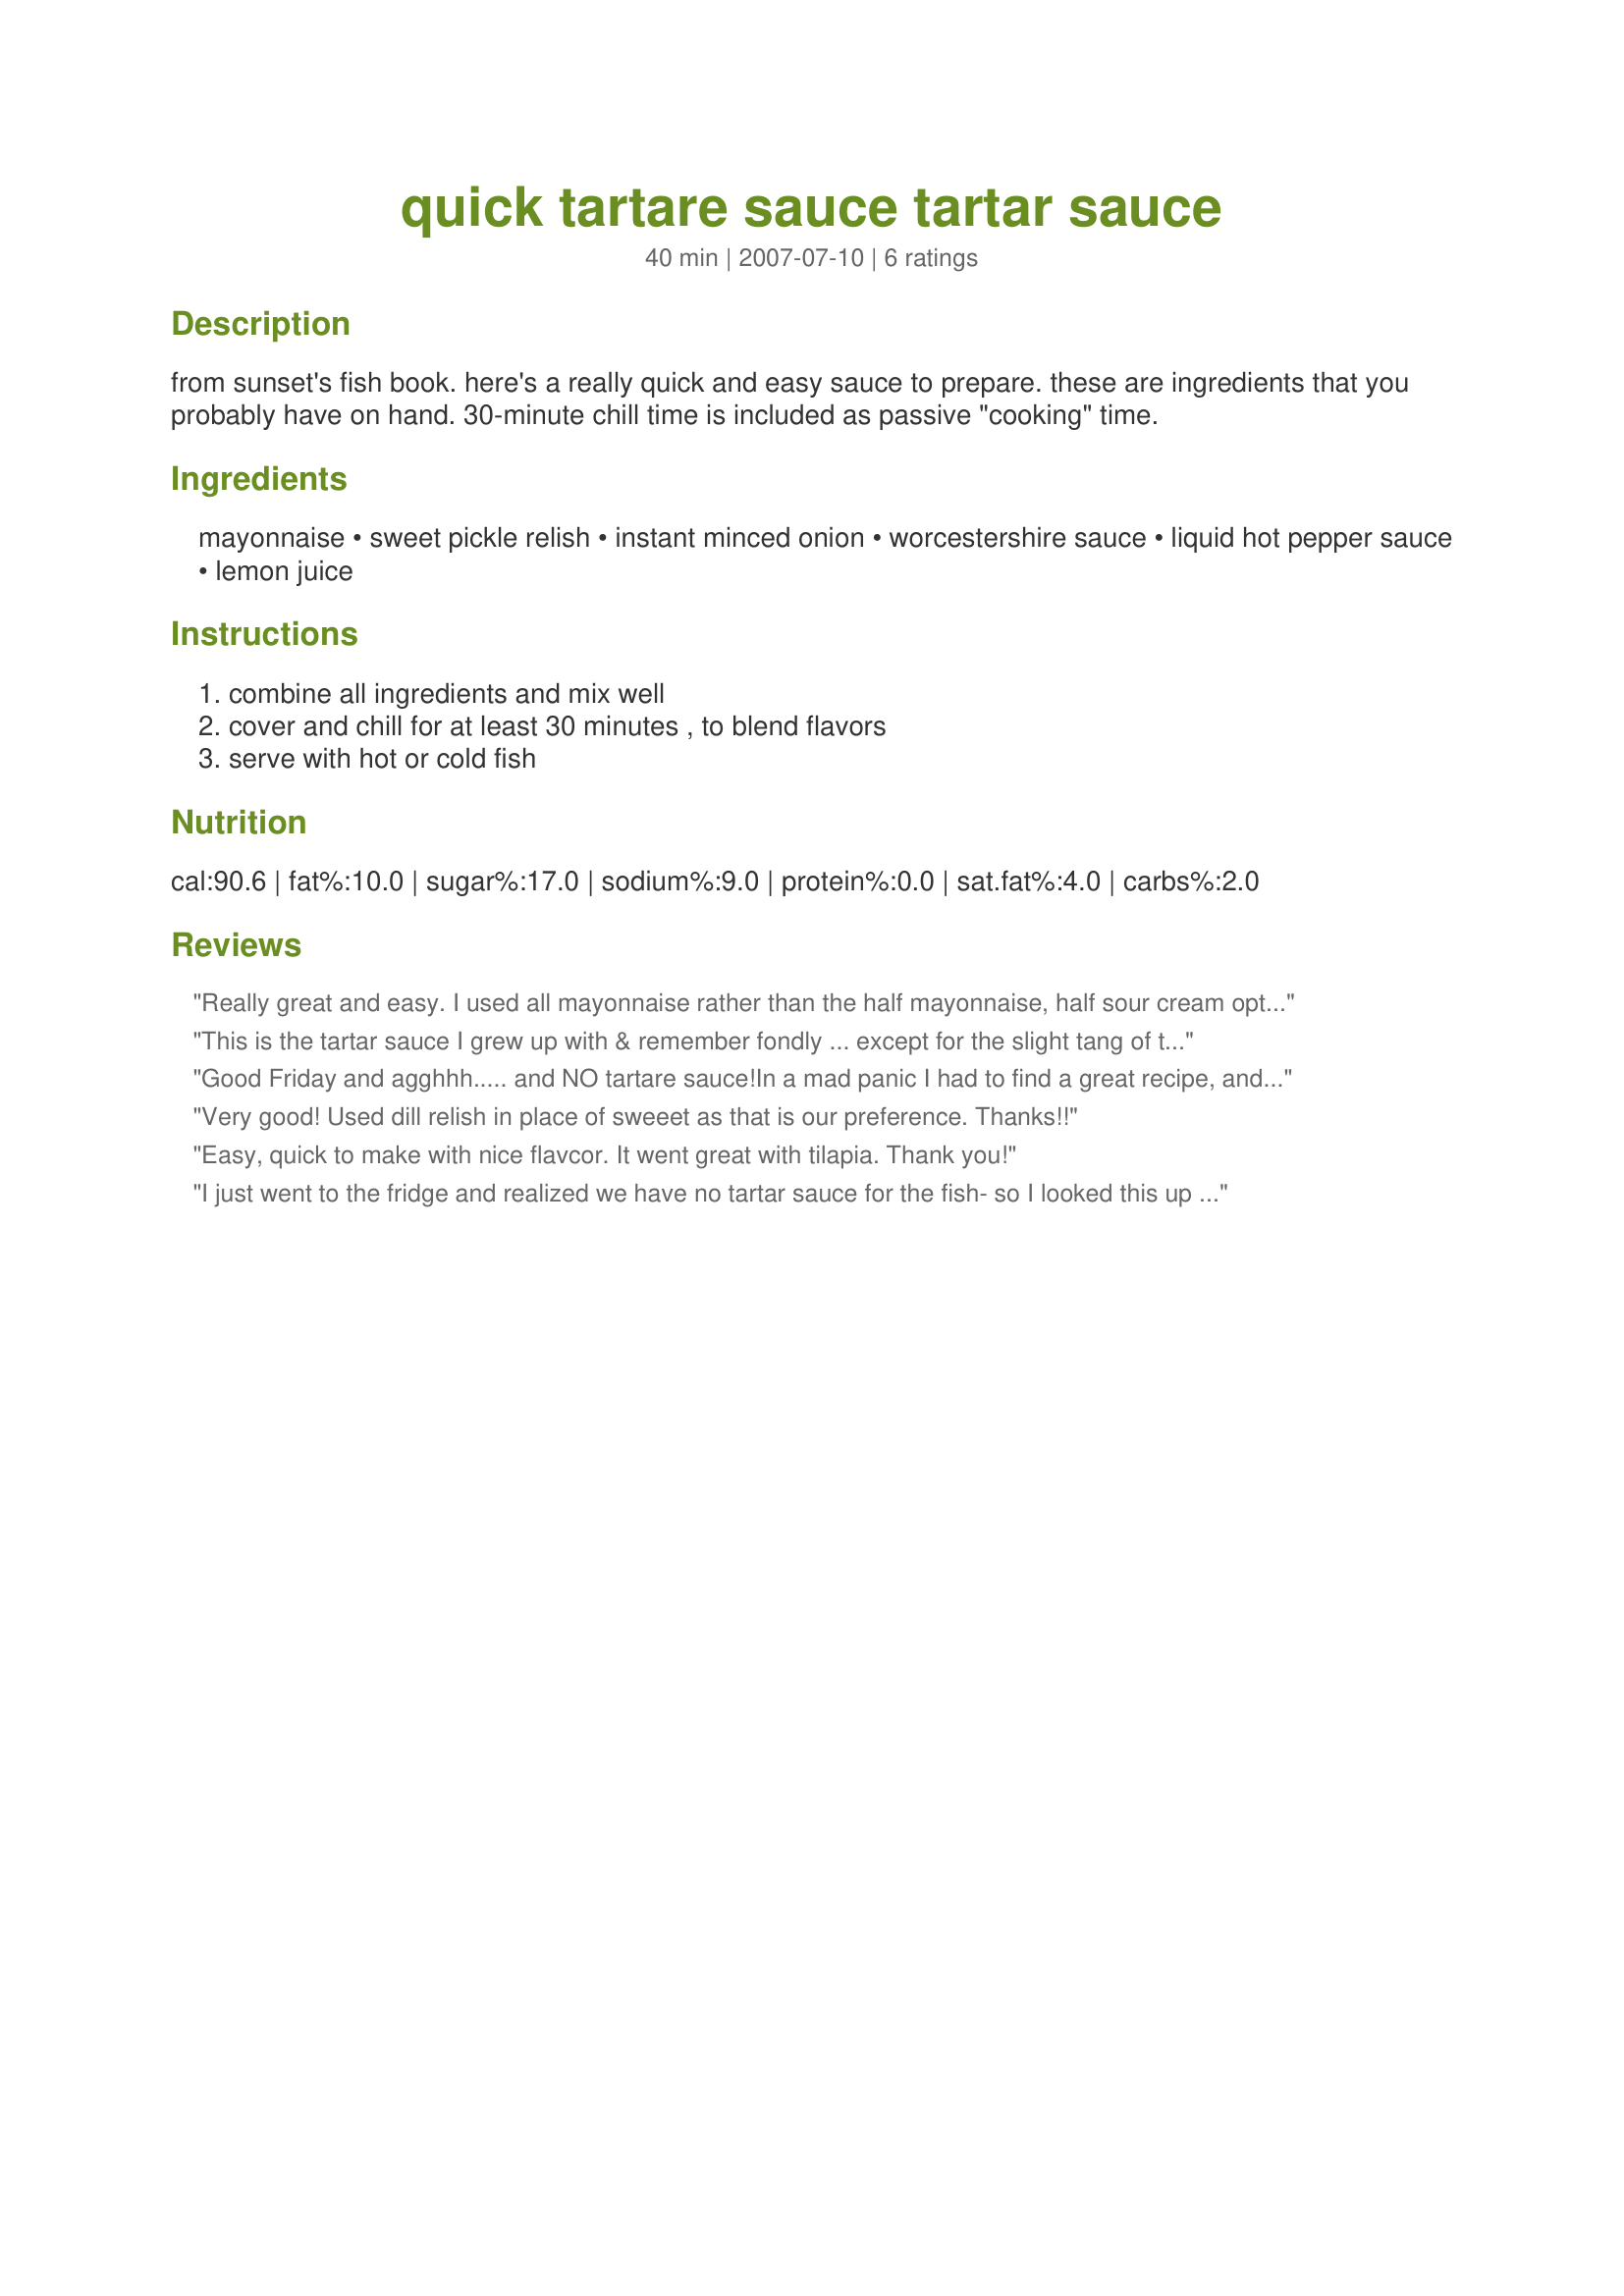
quick tartare sauce tartar sauce
Preparation time: 40 minutes

from sunset's fish book. here's a really quick and easy sauce to prepare. these are ingredients that you probably have on hand. 30-minute chill time is included as passive "cooking" time.

Ingredients:
mayonnaise, sweet pickle relish, instant minced onion, worcestershire sauce, liquid hot pepper sauce, lemon juice

Steps:
combine all ingredients and mix well, cover and chill for at least 30 minutes , to blend flavors, serve with hot or cold fish

Reviews:
Really great and easy. I used all mayonnaise rather than the half mayonnaise, half sour cream option. I went super light on the sweet pickle relish for personal preference reasons but the tartar sauce still tastes great.
This is the tartar sauce I grew up with & remember fondly ... except for the slight tang of the Tobasco I used for the hot sauce & was a welcome addition. Fish abounds here, we eat it often & DH is a bit of a purist about it, so this was for ME. Pls see my rating system - a very worthy 4*. Thx for sharing this recipe w/us. :-)
Good Friday and agghhh..... and NO tartare sauce!<br/>In a mad panic I had to find a great recipe, and this was it! I am so pleased I found this it was wonderful and the family loved it, even DD who does not usually eat tartare sauce used it and loved it. I did not use the pepper sauce and not a much relish as listed, but this was still wonderful.<br/>I will be using this from now on, seeing it is so quick and easy to make.<br/>Never again will I worry about not having tartare sauce on hand............... and I won't be wasting money throwing out half jars of left over tartare sauce either. An added bonus! ;-)
Very good! Used dill relish in place of sweeet as that is our preference. Thanks!!
Easy, quick to make with nice flavcor. It went great with tilapia. Thank you!
I just went to the fridge and realized we have no tartar sauce for the fish- so I looked this up on RecipeZaar. Boy am I glad I did so. It took seconds to make and I didn't use all the ingredients listed for the time sake and what I had on hand.
I made it without the hot pepper sauce and minced onion and it was fabulous. What a keeper. Thanks.
